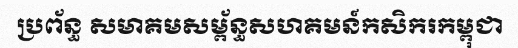
ប្រព័ន្ធ សមាគមសម្ព័ន្ធសហគមន៍កសិករកម្ពុជា